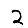
Digit: 2